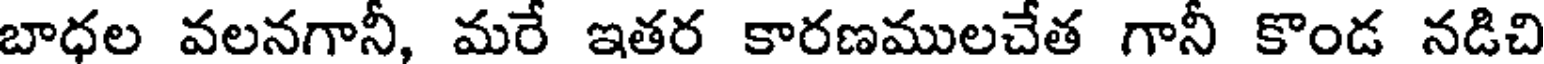
బాధల వలనగానీ, మరే ఇతర కారణములచేత గానీ కొండ నడిచి